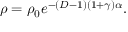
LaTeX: \rho = \rho _ { 0 } e ^ { - ( D - 1 ) ( 1 + \gamma ) \alpha } .